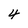
Character: 4